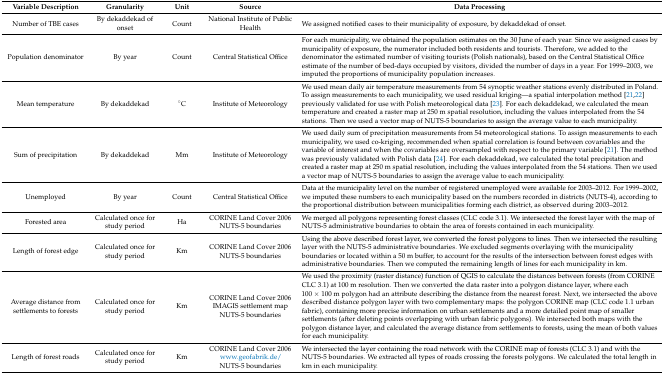
<table><thead><tr><td><b>Variable Description</b></td><td><b>Granularity</b></td><td><b>Unit</b></td><td><b>Source</b></td><td><b>Data Processing</b></td></tr></thead><tbody><tr><td>Number of TBE cases</td><td>By dekaddekad of onset</td><td>Count</td><td>National Institute of Public Health</td><td>We assigned notified cases to their municipality of exposure, by dekaddekad of onset.</td></tr><tr><td>Population denominator</td><td>By year</td><td>Count</td><td>Central Statistical Office</td><td>For each municipality, we obtained the population estimates on the 30 June of each year. Since we assigned cases by municipality of exposure, the numerator included both residents and tourists. Therefore, we added to the denominator the estimated number of visiting tourists (Polish nationals), based on the Central Statistical Office estimate of the number of bed-days occupied by visitors, divided the number of days in a year. For 1999–2003, we imputed the proportions of municipality population increases.</td></tr><tr><td>Mean temperature</td><td>By dekaddekad</td><td>°C</td><td>Institute of Meteorology </td><td>We used mean daily air temperature measurements from 54 synoptic weather stations evenly distributed in Poland. To assign measurements to each municipality, we used residual kriging—a spatial interpolation method [21,22] previously validated for use with Polish meteorological data [23]. For each dekaddekad, we calculated the mean temperature and created a raster map at 250 m spatial resolution, including the values interpolated from the 54 stations. Then we used a vector map of NUTS-5 boundaries to assign the average value to each municipality.</td></tr><tr><td>Sum of precipitation</td><td>By dekaddekad</td><td>Mm</td><td>Institute of Meteorology</td><td>We used daily sum of precipitation measurements from 54 meteorological stations. To assign measurements to each municipality, we used co-kriging, recommended when spatial correlation is found between covariables and the variable of interest and when the covariables are oversampled with respect to the primary variable [21]. The method was previously validated with Polish data [24]. For each dekaddekad, we calculated the total precipitation and created a raster map at 250 m spatial resolution, including the values interpolated from the 54 stations. Then we used a vector map of NUTS-5 boundaries to assign the average value to each municipality.</td></tr><tr><td>Unemployed</td><td>By year</td><td>Count</td><td>Central Statistical Office</td><td>Data at the municipality level on the number of registered unemployed were available for 2003–2012. For 1999–2002, we imputed these numbers to each municipality based on the numbers recorded in districts (NUTS-4), according to the proportional distribution between municipalities forming each district, as observed during 2003–2012. </td></tr><tr><td>Forested area</td><td>Calculated once for study period</td><td>Ha</td><td>CORINE Land Cover 2006NUTS-5 boundaries</td><td>We merged all polygons representing forest classes (CLC code 3.1). We intersected the forest layer with the map of NUTS-5 administrative boundaries to obtain the area of forests contained in each municipality.</td></tr><tr><td>Length of forest edge</td><td>Calculated once for study period</td><td>Km</td><td>CORINE Land Cover 2006NUTS-5 boundaries</td><td>Using the above described forest layer, we converted the forest polygons to lines. Then we intersected the resulting layer with the NUTS-5 administrative boundaries. We excluded segments overlaying with the municipality boundaries or located within a 50 m buffer, to account for the results of the intersection between forest edges with administrative boundaries. Then we computed the remaining length of lines for each municipality in km.</td></tr><tr><td>Average distance from settlements to forests</td><td>Calculated once for study period</td><td>Km</td><td>CORINE Land Cover 2006IMAGIS settlement mapNUTS-5 boundaries</td><td>We used the proximity (raster distance) function of QGIS to calculate the distances between forests (from CORINE CLC 3.1) at 100 m resolution. Then we converted the data raster into a polygon distance layer, where each 100 × 100 m polygon had an attribute describing the distance from the nearest forest. Next, we intersected the above described distance polygon layer with two complementary maps: the polygon CORINE map (CLC code 1.1 urban fabric), containing more precise information on urban settlements and a more detailed point map of smaller settlements (after deleting points overlapping with urban fabric polygons). We intersected both maps with the polygon distance layer, and calculated the average distance from settlements to forests, using the mean of both values for each municipality.</td></tr><tr><td>Length of forest roads</td><td>Calculated once for study period</td><td>Km</td><td>CORINE Land Cover 2006www.geofabrik.de/NUTS-5 boundaries</td><td>We intersected the layer containing the road network with the CORINE map of forests (CLC 3.1) and with the NUTS-5 boundaries. We extracted all types of roads crossing the forests polygons. We calculated the total length in km in each municipality.</td></tr></tbody></table>